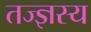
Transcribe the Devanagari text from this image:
तज्ज्ञस्य